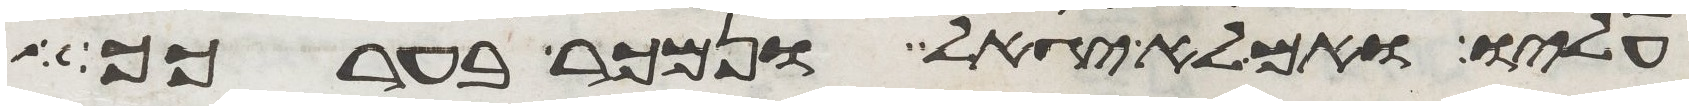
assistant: עליו ואם לא יגאל ונמכר בערכך